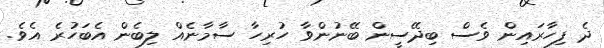
ދެ ފިހާރައިން ވެސް ބިދޭސީން ބޭނުންވާ ހުރިހާ ސާމާނެއް ލިބެން އެބަހުރެ އެވެ.